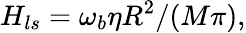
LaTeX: H_{ls}=\omega_{b}\eta R^{2}/(M\pi),